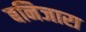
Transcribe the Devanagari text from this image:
बनिजारा